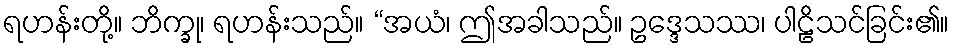
ရဟန်းတို့။ ဘိက္ခု၊ ရဟန်းသည်။ “အယံ၊ ဤအခါသည်။ ဥဒ္ဒေသဿ၊ ပါဠိသင်ခြင်း၏။